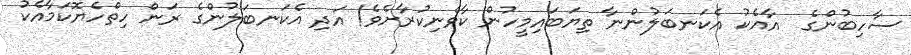
ސާހިބުންގެ  އާއެކު އެކަނބަލުންނާ ތިޔަބައިމީހުން ކާވެނިކުރާށެވެ! އަދި އެކަނބަލުންގެ ރަން ހިތްހެޔޮކަމާއެކު